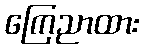
ကြေညာထား